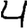
Digit: 4